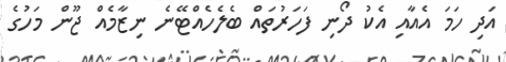
އަދި ހަމަ އެއާއި އެކު ދޯނި ފަހަރުތައް ބެލެހެއްޓޭނެ ނިޒާމެއް ޖޫން މަހުގެ